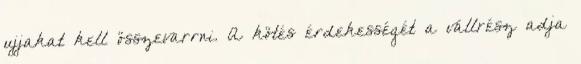
ujjakat kell összevarrni. A kötés érdekességét a vállrész adja